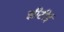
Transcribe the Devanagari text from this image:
झीटीई